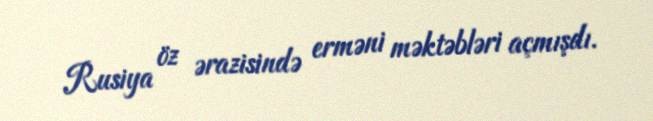
Rusiya öz ərazisində erməni məktəbləri açmışdı.